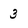
Character: 3